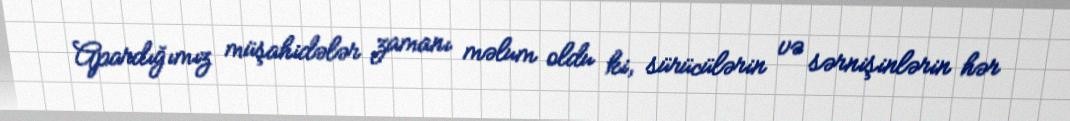
Apardığımız müşahidələr zamanı məlum oldu ki, sürücülərin və sərnişinlərin hər